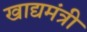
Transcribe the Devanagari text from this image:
खाद्यमंत्री